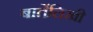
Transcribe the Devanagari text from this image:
बातेंलिखी